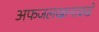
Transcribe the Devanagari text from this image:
अफजलखानाकडे